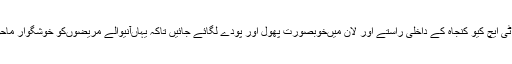
انہوںنے ہدایت کی کہ ٹی ایچ کیو کنجاہ کے داخلی راستے اور لان میںخوبصورت پھول اور پودے لگائے جائیں تاکہ یہاںآنیوالے مریضوںکو خوشگوار ماحول فراہم کیا جا سکے ۔